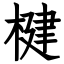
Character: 楗